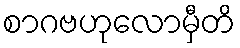
စာဂဗဟုလောမှီတိ